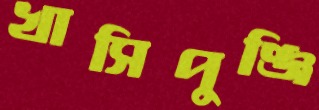
খাসিপুঞ্জি